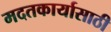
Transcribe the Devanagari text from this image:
मदतकार्यासाठी